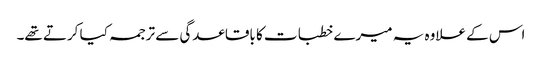
اس کے علاوہ یہ میرے خطبات کا باقاعدگی سے ترجمہ کیا کرتے تھے۔